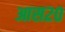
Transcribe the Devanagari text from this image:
आस२०